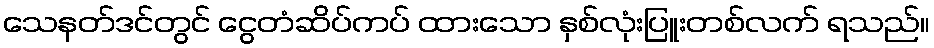
သေနတ်ဒင်တွင် ငွေတံဆိပ်ကပ် ထားသော နှစ်လုံးပြူးတစ်လက် ရသည်။